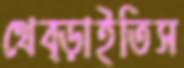
থেব্‌ড়াইতিস